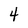
Character: 4